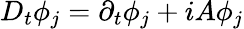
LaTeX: D_{t}\phi_{j}=\partial_{t}\phi_{j}+iA\phi_{j}